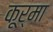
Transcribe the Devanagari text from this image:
कूर्मा